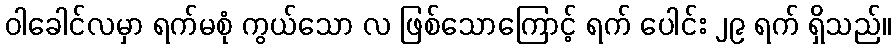
ဝါခေါင်လမှာ ရက်မစုံ ကွယ်သော လ ဖြစ်သောကြောင့် ရက် ပေါင်း ၂၉ ရက် ရှိသည်။